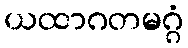
ယထာဂတမဂ္ဂံ